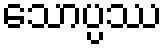
သောပ္ပဿ